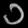
Digit: ၁